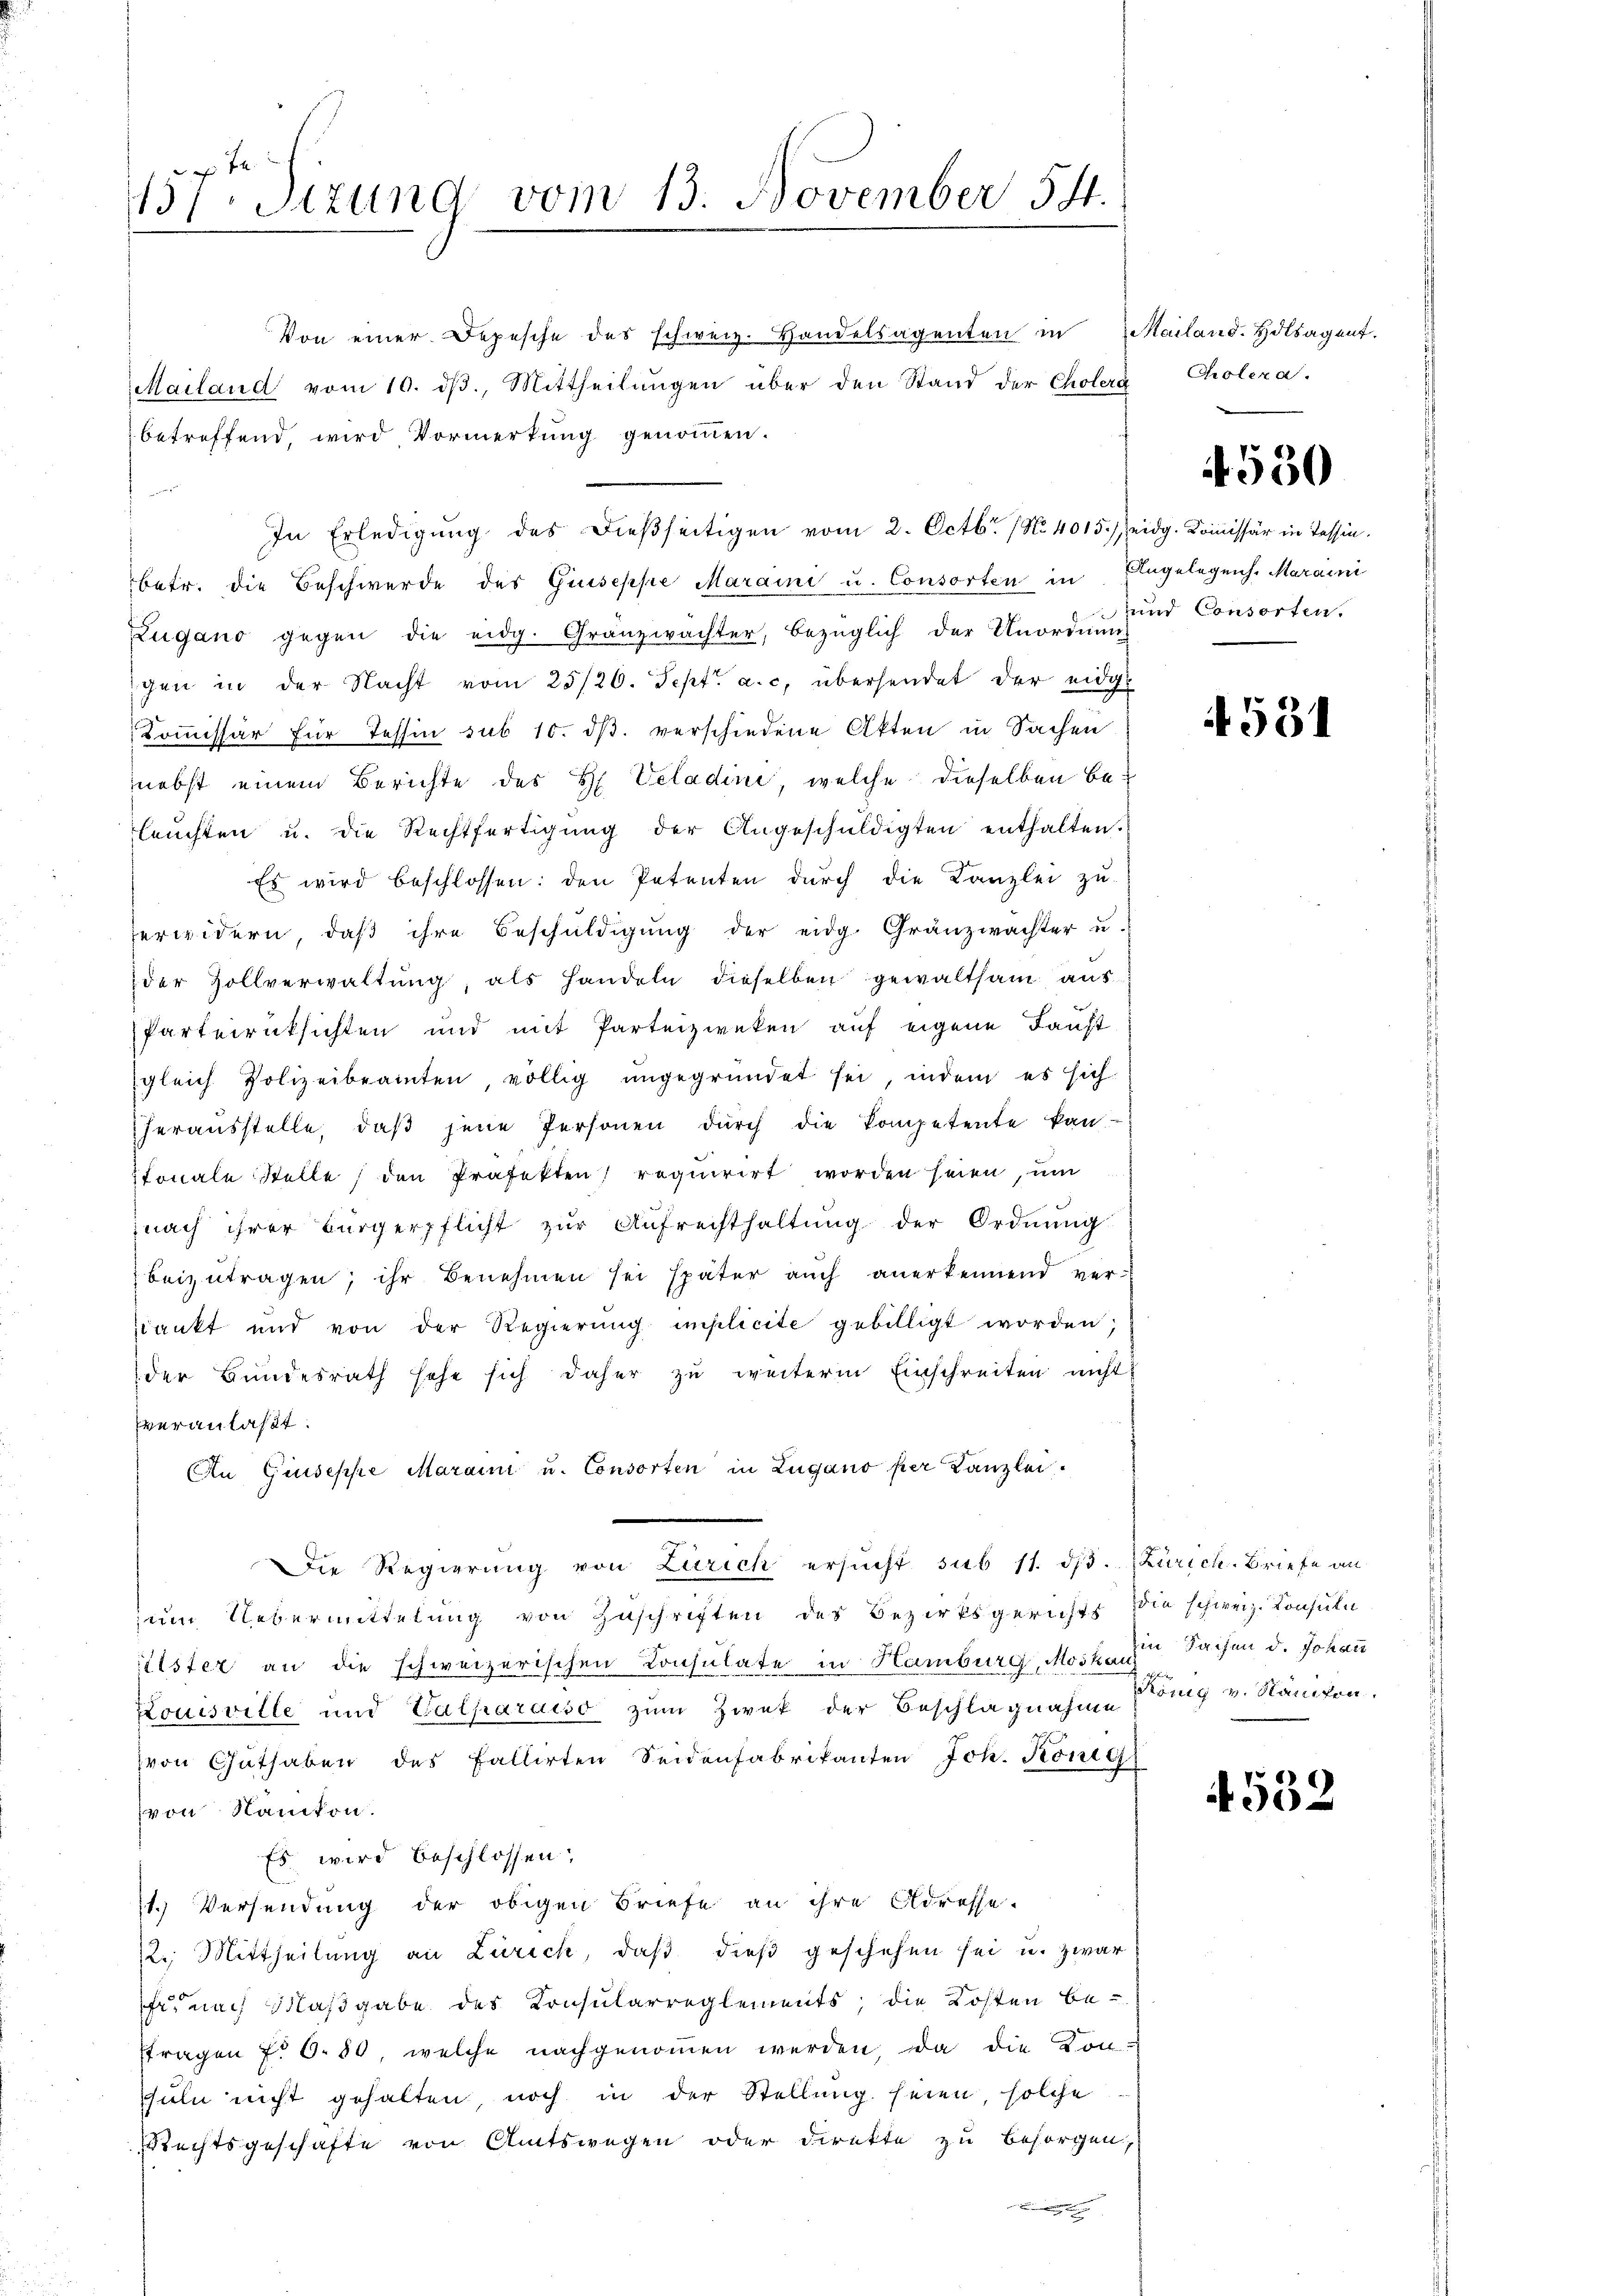
457. Sizung vom 13. November 54.

Von einer Depesche des schweiz. Handelsagenten in
Mailand vom 10. ds., Mittheilungen über den Stand der Cholera
betreffend, wird Vormerkung genommen.

In Erledigung des dießseitigen vom 2. Octbr. 1 No 4015.) eidg. Kommissär in Tessinbetr. die Beschwerde des Giuseppe Maraini u. Consorten in Engelegens. Maraini
Zugano gegen die eidg. Gränzwachter, bezüglich der Unordnŭn-
gen in der Nacht vom 25/26. Sept. a. c. übersendet der eidge
Koṁissär für Tessin sub 10. dβ verschiedene Akten in Sachen
nebst einem Berichte des H. Veladini, welche dieselben beleŭchten u. die Rechtfertigŭng der Angeschŭldigten enthalten.
Es wird beschlossen: den Petenten dŭrch die Kanzlei zu-
ferwidern, daß ihre Beschuldigung der eidg. Granzwachter u.
der Zollverwaltŭng, als Handeln dieselben gewaltsam aus
Parterrücksichten und mit Parteizweken auf eigene Faust
gleich Polizeibeamten völlig ungegründet sei, indem es sich
heraŭsstelle, daβ jene Personen dŭrch die Kompetente kan
tonale Stelle den Präfekten requirirt worden seien, um
nach ihrer Bürgerpflicht zŭr Aŭfrechthaltŭng der Ordnŭng
beizutragen; ihr Benehmen sei später auch anerkennend ver-
dankt und von der Regierŭng implicite gebilligt worden;
der Bundesrath sehe sich daher zu weiterm Einschreiten nicht
veranlaßt.
An Giuseppe Maraini u. Consorten in Lugano per Kanzlei.
Die Regierung von Zürich ersucht sub 11. ds. Zürich. Briefe an
zum Uebermittelung von Zuschriften des Bezirksgerichts die schweiz. Konsuln
ilster an die schweizerischen Konsulate in Hamburg, Moska die Sachen d. Johan
Louisville und Kathardiso zum Zwek der Beschlagnahme
von Guthaben des Fallirten Seidenfabrikanten Joh. König
von Nanton.
Es wird beschlossen:
11.) Versendung der obigen Briefe an ihre Adresse-
22. Mittheilung an Zürich, daß dieß geschehen sei u. zwar
r nach Maßgabe des Konsularreglements; die Kosten be-
stragen f. 6. 50, welche nachgenommen werden, da die Kon-
suln nicht gehalten, noch in der Stellung seien, solche
Rechtsgeschäfte von Amtswegen oder Direkte zu besorgen,

Mailand. Holsagent.
Cholena.

530

und Consorten.

531

König v. Nanten.

4532